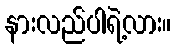
နားလည်ပါရဲ့လား။